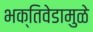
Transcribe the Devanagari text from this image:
भक्तिवेडामुळे